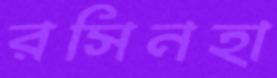
রসিনহা